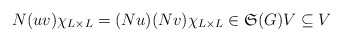
\begin{align*}N(uv)\chi_{L\times L} = (Nu)(Nv)\chi_{L\times L} \in \frak{S}(G)V\subseteq V\end{align*}